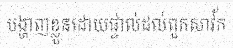
បង្ហាញខ្លួនដោយផ្ទាល់ដល់ពួកសាវ័ក